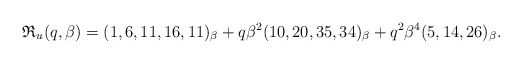
\begin{gather*}\mathfrak{R}_{u}(q,\beta)= (1, 6, 11, 16, 11)_{\beta}+q \beta^2 (10, 20, 35, 34)_{\beta}+ q^2 \beta^4 (5, 14, 26)_{\beta}.\end{gather*}